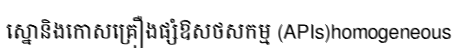
ស្នោនិងកោសគ្រឿងផ្សំឱសថសកម្ម (APIs)homogeneous